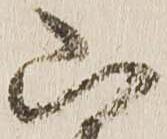
山